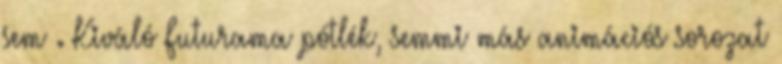
sem . Kiváló Futurama pótlék, semmi más animációs sorozat